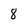
Character: 8